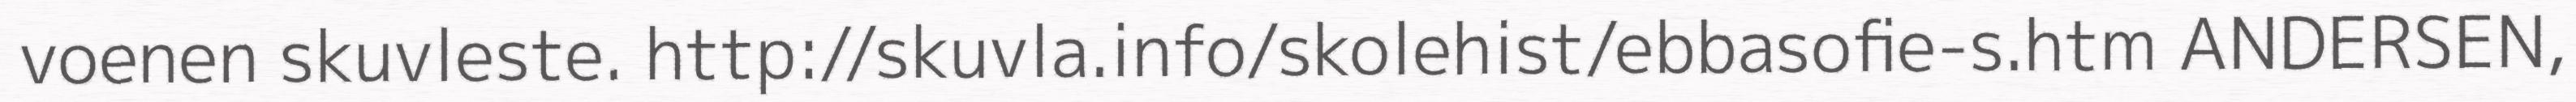
voenen skuvleste. http://skuvla.info/skolehist/ebbasofie-s.htm ANDERSEN,